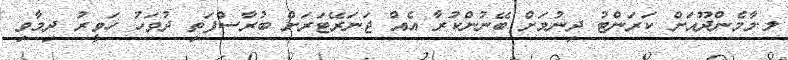
ލ.މާމެންދޫއަށް ކަރަންޓު ދިނުމަށް ބޭނުންކުރާ އެއް ޖަނަރޭޓަރަށް ބުރާސްފަތި ދުވަހު ހަވީރު ދިމާވި